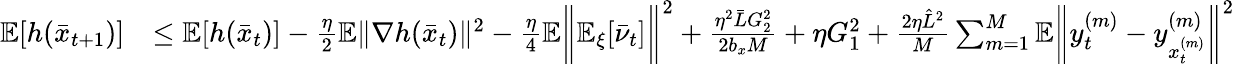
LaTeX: \begin{array}{rl}{\mathbb{E}[h(\bar{x}_{t+1})]}&{\leq\mathbb{E}[h(\bar{x}_{t})]-\frac{\eta}{2}\mathbb{E}\| \nabla h(\bar{x}_{t})\| ^{2}-\frac{\eta}{4}\mathbb{E}\bigg\| \mathbb{E}_{\xi}[\bar{\nu}_{t}]\bigg\| ^{2}+\frac{\eta^{2}\bar{L}G_{2}^{2}}{2b_{x}M}+\eta G_{1}^{2}+\frac{2\eta\hat{L}^{2}}{M}\sum_{m=1}^{M}\mathbb{E}\bigg\| y_{t}^{(m)}-y_{x_{t}^{(m)}}^{(m)}\bigg\| ^{2}}\end{array}